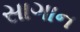
સાગાન